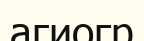
агиогр